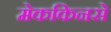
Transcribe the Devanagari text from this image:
मेककिनसे